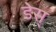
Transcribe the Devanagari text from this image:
डेस्